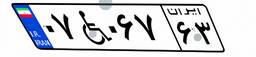
۰۷W۰۶۷۶۳